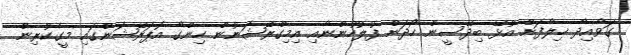
ގަވާއިދާ ޚިލާފަށް އުޅޭ ބިދޭސީން ހޯދަން ފުލުހުންނާއި އިމިގްރޭޝަނުން ހިންގާ އޮޕަރޭޝަންގައި މީގެކުރިން